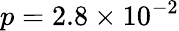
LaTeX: p=2.8\times 10^{-2}